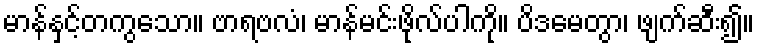
မာန်နှင့်တကွသော။ ဗာရဗလံ၊ မာန်မင်းဖိုလ်ပါကို။ ပိဒမေတွာ၊ ဖျက်ဆီး၍။